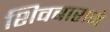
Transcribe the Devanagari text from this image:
शिवबाराजे